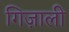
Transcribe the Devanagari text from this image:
गिज़ाली